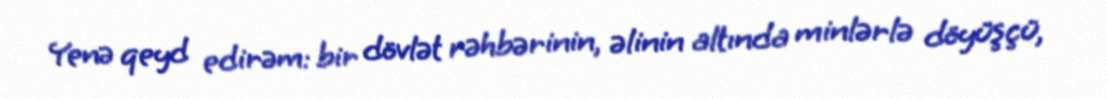
Yenə qeyd edirəm: bir dövlət rəhbərinin, əlinin altında minlərlə döyüşçü,